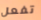
تفعل